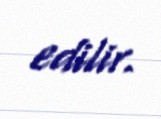
edilir.